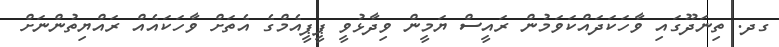
ގދ. ތިނަަދޫގައި ވާހަކަދައްކަވަމުން ރައީސް ޔަމީން ވިދާޅުވީ ޕީޕީއެމްގެ އެތަށް ވާހަކައެއް ރައްޔިތުންނަށް